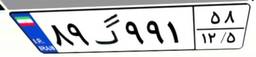
۸۹گ۹۹۱۵۸